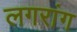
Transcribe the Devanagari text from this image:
लगरांग